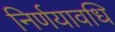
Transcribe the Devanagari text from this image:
निर्णयावधि